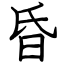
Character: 昏